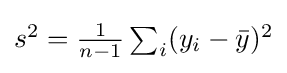
{\textstyle s^{2}={\frac {1}{n-1}}\sum _{i}(y_{i}-{\bar {y}})^{2}}